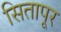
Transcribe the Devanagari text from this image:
सितापूर